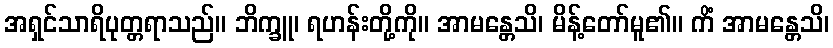
အရှင်သာရိပုတ္တရာသည်။ ဘိက္ခူ၊ ရဟန်းတို့ကို။ အာမန္တေသိ၊ မိန့်တော်မူ၏။ ကိံ အာမန္တေသိ၊